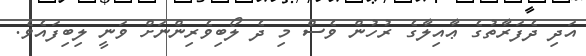
އަދި ދެފަރާތުގެ ޢާއިލާގެ ރުހުން ވެސް މި ދެ ލޯބިވެރިންނަށް ވަނީ ލިބިފައެވެ.